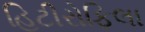
હિટીરોફિલા